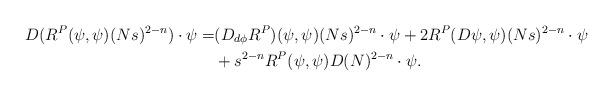
LaTeX: \begin{align*}D(R^P(\psi,\psi)(Ns)^{2-n})\cdot\psi=&(D_{d\phi}R^P)(\psi,\psi)(Ns)^{2-n}\cdot\psi+2R^P(D\psi,\psi)(Ns)^{2-n}\cdot\psi \\&+s^{2-n}R^P(\psi,\psi)D(N)^{2-n}\cdot\psi.\end{align*}